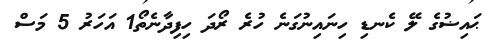
ޙައިޟުގެ ލޭ ކެނޑި ހިނައިނުގަނެ ހުރެ ރޯދަ ހިފިދާނެތޯ1 އަހަރު 5 މަސް